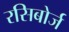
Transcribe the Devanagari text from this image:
रसिबोर्ज